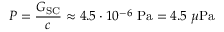
P = { \frac { G _ { \mathrm { S C } } } { c } } \approx 4 . 5 \cdot 1 0 ^ { - 6 } ~ \mathrm { { P a } } = 4 . 5 ~ \mu \mathrm { { P a } }